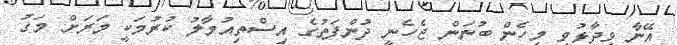
އޭނާ ވިދާޅުވީ މިހެން ބުނަން ޖެހެނީ ދުންފަތުގެ އިސްތިއުމާލު ކުރުމަކީ މަރަށް މަގު